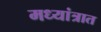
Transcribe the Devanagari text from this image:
मध्यांत्रात